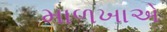
માળખાએ